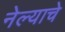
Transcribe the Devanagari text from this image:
नेल्याचे